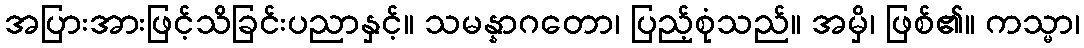
အပြားအားဖြင့်သိခြင်းပညာနှင့်။ သမန္နာဂတော၊ ပြည့်စုံသည်။ အမှိ၊ ဖြစ်၏။ ကသ္မာ၊